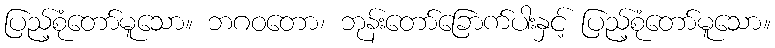
ပြည့်စုံတော်မူသော။ ဘဂဝတော၊ ဘုန်းတော်ခြောက်ပါးနှင့် ပြည့်စုံတော်မူသော။